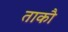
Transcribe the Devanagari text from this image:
ताकौ